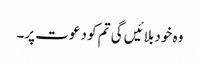
وہ خود بلائیں گی تم کو دعوت پر۔